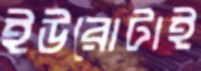
ইউরোটাই